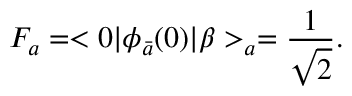
F _ { a } = < 0 | \phi _ { \bar { a } } ( 0 ) | \beta > _ { a } = \frac { 1 } { \sqrt { 2 } } .